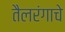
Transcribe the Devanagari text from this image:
तैलरंगाचे